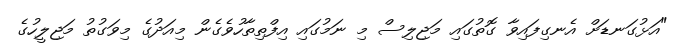
"އަޅުގަނޑަށް އެނގިފައިވާ ގޮތުގައި މަޖިލިސް މި ނަމުގައި އިފްތިތާހުވެގެން މިއަދުގެ މިވަގުތު މަޖިލީހުގެ